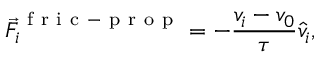
\vec { F } _ { i } ^ { \mathrm { ~ f ~ r ~ i ~ c ~ - ~ p ~ r ~ o ~ p ~ } } = - \frac { v _ { i } - v _ { 0 } } { \tau } \hat { v } _ { i } ,